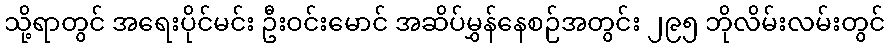
သို့ရာတွင် အရေးပိုင်မင်း ဦးဝင်းမောင် အဆိပ်မွှန်နေစဉ်အတွင်း ၂၉၅ ဘိုလိမ်းလမ်းတွင်